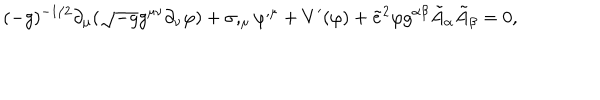
( - g ) ^ { - 1 / 2 } \partial _ { \mu } ( \sqrt { - g } g ^ { \mu \nu } \partial _ { \nu } \varphi ) + \sigma , _ { \mu } \varphi ^ { , \mu } + V ^ { \prime } ( \varphi ) + \tilde { e } ^ { 2 } \varphi g ^ { \alpha \beta } \tilde { A } _ { \alpha } \tilde { A } _ { \beta } = 0 ,